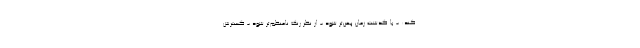
کند: - با گذشت زمان پهن‌تر شود - از نظر رنگ نامنظم‌تر شود - گسترش